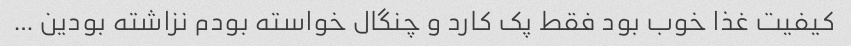
کیفیت غذا خوب بود فقط پک کارد و چنگال خواسته بودم نزاشته بودین …